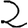
Digit: 2